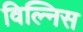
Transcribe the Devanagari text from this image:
विल्निस